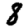
Digit: 8